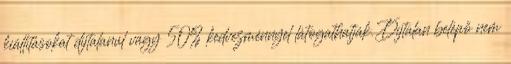
kiállításokat díjtalanul vagy 50% kedvezménnyel látogathatják. Díjtalan belépő nem